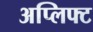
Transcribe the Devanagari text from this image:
अप्लिफ्ट